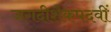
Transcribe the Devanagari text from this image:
जगदीशैकपदवीं